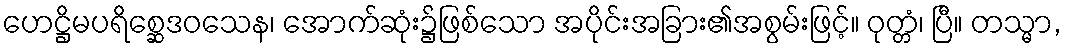
ဟေဋ္ဌိမပရိစ္ဆေဒဝသေန၊ အောက်ဆုံး၌ဖြစ်သော အပိုင်းအခြား၏အစွမ်းဖြင့်။ ဝုတ္တံ၊ ပြီ။ တသ္မာ,